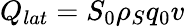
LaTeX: Q_{lat}=S_{0}\rho_{S}q_{0}v